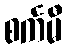
စင်္ကမီ